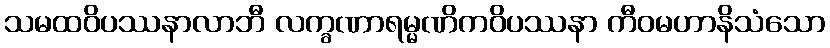
သမထဝိပဿနာလာဘီ လက္ခဏာရမ္မဏိကဝိပဿနာ ကီဝမဟာနိသံသော